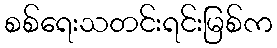
စစ်ရေးသတင်းရင်းမြစ်က